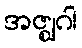
အဇ္ဈဂါ